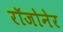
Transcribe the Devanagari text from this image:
रॉजोनेर